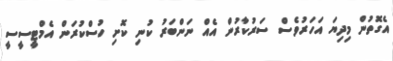
އެގޮތުން މިދިޔަ އަހަރުވެސް ސަރުކާރުން އެއް ނަންބަރު ކުނި ކޮށި ހުސްކުރަން އެމްޓީސީސީ